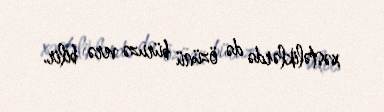
xəstəliklərdə də özünü büruzə verə bilir.